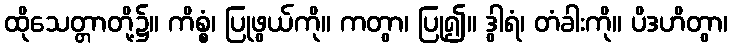
ထိုသေတ္တာတို့၌။ ကိစ္စံ၊ ပြုဖွယ်ကို။ ကတွာ၊ ပြု၍။ ဒွါရံ၊ တံခါးကို။ ပိဒဟိတွာ၊